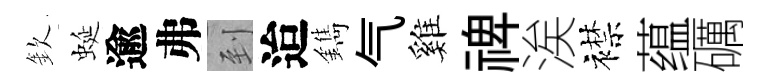
欽蜒逾弗到迨鐫气雞禆涘襟蕴礪